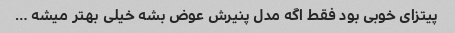
پیتزای خوبی بود فقط اگه مدل پنیرش عوض بشه خیلی بهتر میشه …